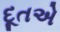
દૂતએ